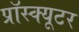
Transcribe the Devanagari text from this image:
प्रॉस्क्यूटर